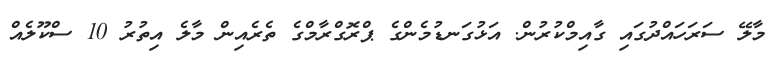
މާލޭ ސަރަހައްދުގައި ގާއިމްކުރުން. އަޅުގަނޑުމެންގެ ޕްރޮގްރާމްގެ ތެރެއިން މާލެ އިތުރު 10 ސްކޫލެއް